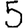
Digit: 5